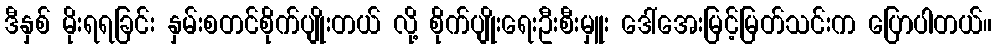
ဒီနှစ် မိုးရရခြင်း နှမ်းစတင်စိုက်ပျိုးတယ် လို့ စိုက်ပျိုးရေးဦးစီးမှူး ဒေါ်အေးမြင့်မြတ်သင်းက ပြောပါတယ်။